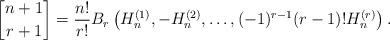
LaTeX: \begin{align*}{n+1 \brack r+1} = \frac{n!}{r!}B_r\left(H_n^{(1)}, -H_n^{(2)},\ldots,(-1)^{r-1}(r-1)!H_n^{(r)}\right).\end{align*}